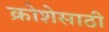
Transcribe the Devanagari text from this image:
क्रोशेसाठी